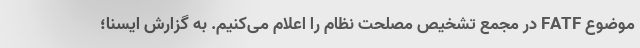
موضوع FATF در مجمع تشخیص مصلحت نظام را اعلام می‌کنیم. به گزارش ایسنا؛